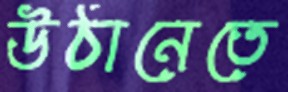
উঠানেতে